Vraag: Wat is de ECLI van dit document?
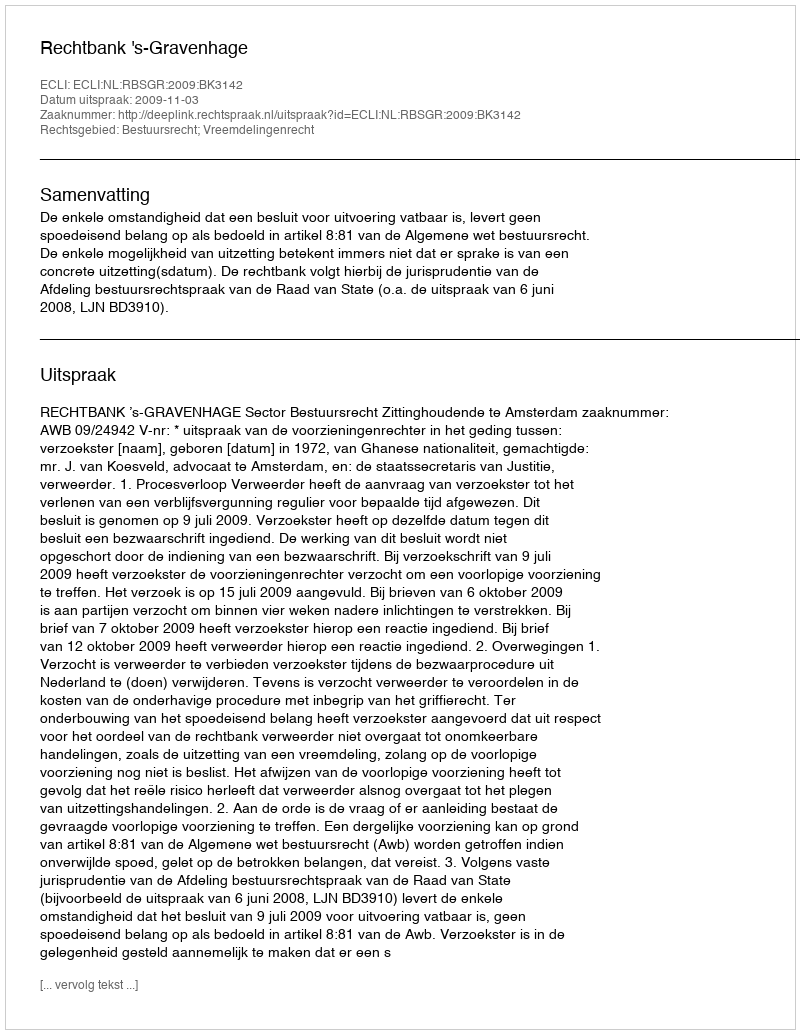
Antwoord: ECLI:NL:RBSGR:2009:BK3142